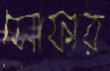
সোফার